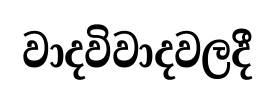
වාදවිවාදවලදී